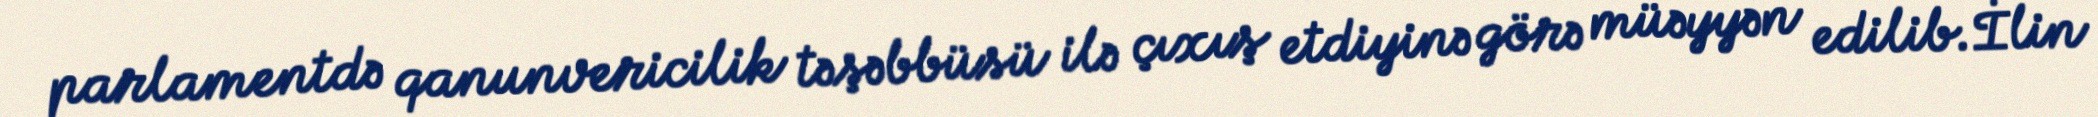
parlamentdə qanunvericilik təşəbbüsü ilə çıxış etdiyinə görə müəyyən edilib.İlin